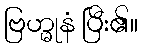
ဗြဟ္မုနံ ပြီး၏။